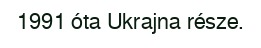
1991 óta Ukrajna része.